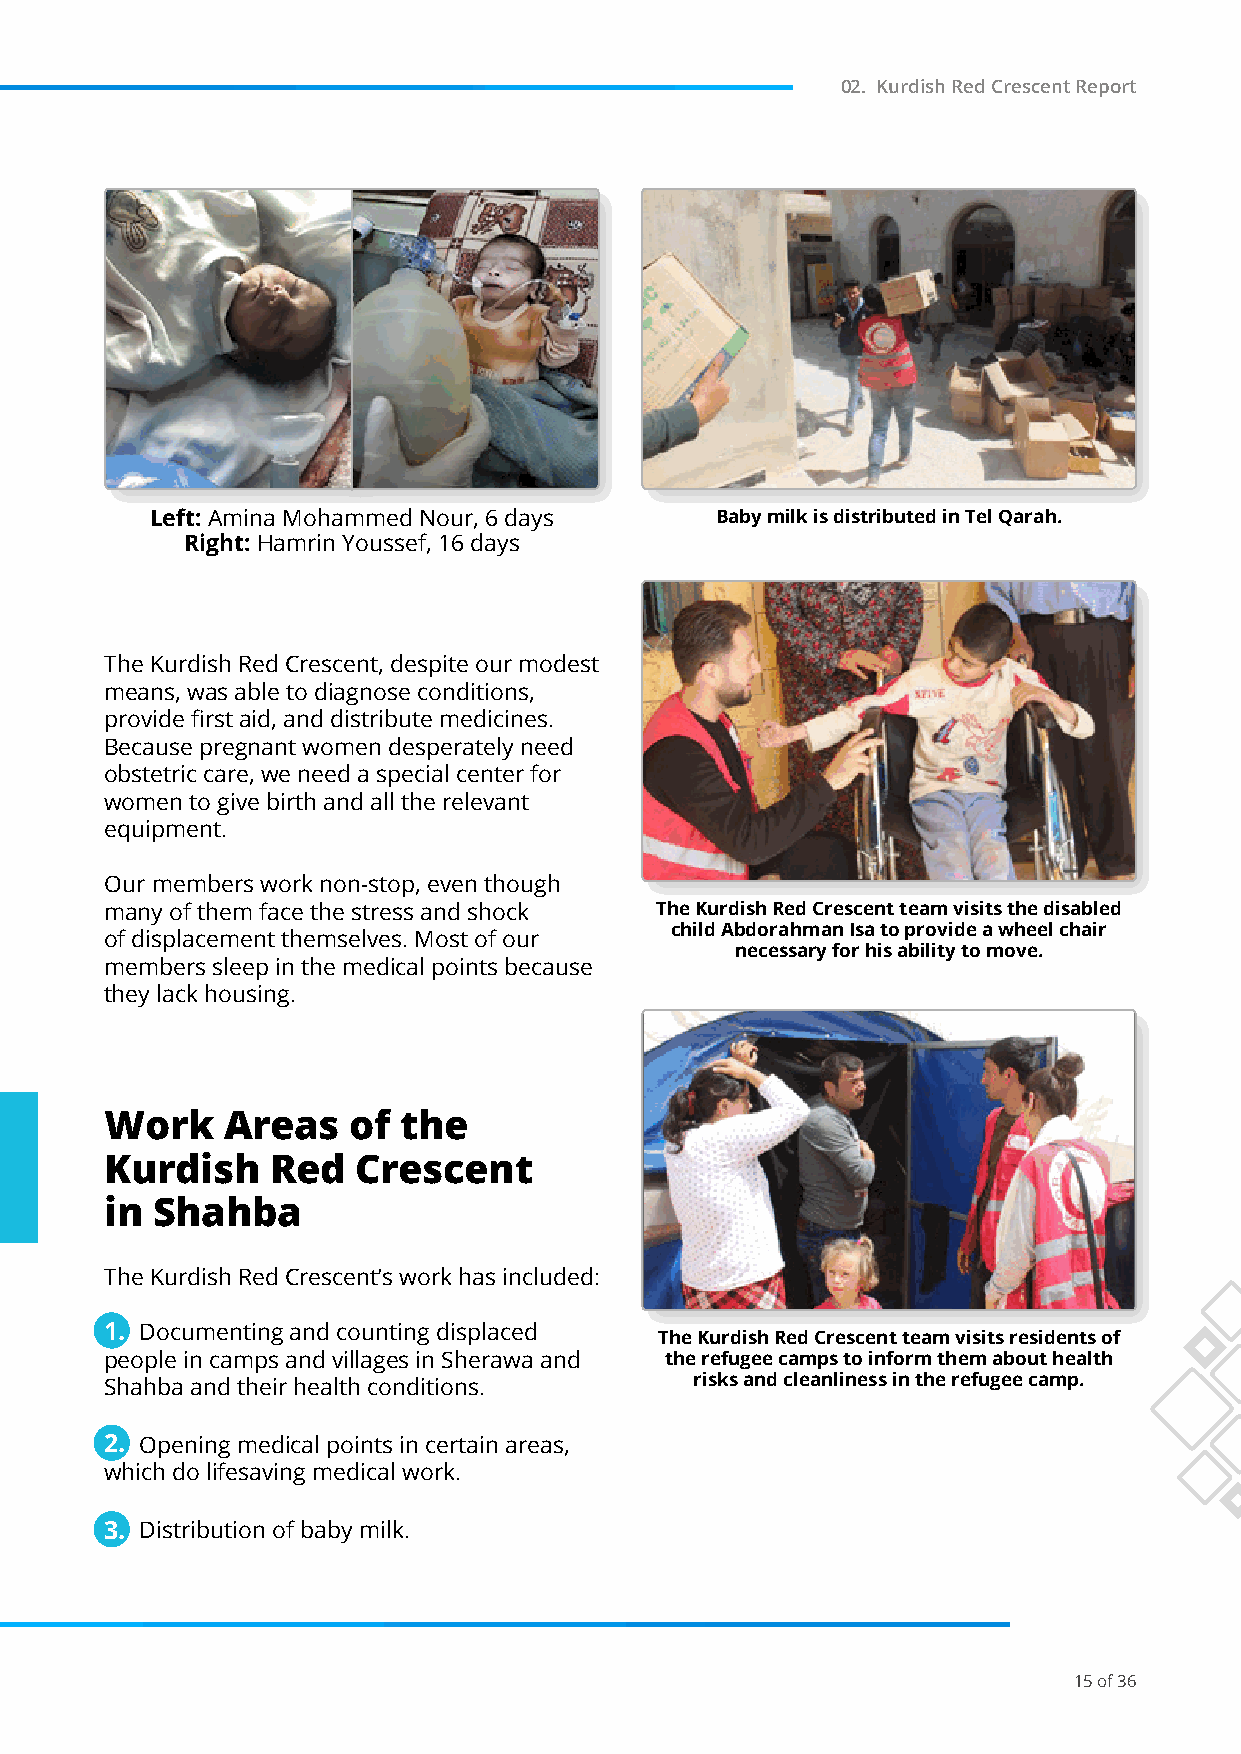
02. Kurdish Red Crescent Report
 Left: Amina Mohammed Nour, 6 days    Baby milk is distributed in Tel Qarah.
 Right: Hamrin Youssef, 16 days
 The Kurdish Red Crescent, despite our modest
 means, was able to diagnose conditions,
 provide first aid, and distribute medicines.
 Because pregnant women desperately need
 obstetric care, we need a special center for
 women to give birth and all the relevant
 equipment.
 Our members work non-stop, even though
 many of them face the stress and shock The Kurdish Red Crescent team visits the disabled
 child Abdorahman Isa to provide a wheel chair
 of displacement themselves. Most of our
 necessary for his ability to move.
 members sleep in the medical points because
 they lack housing.
 Work    Areas   of the
 Kurdish    Red  Crescent
 in Shahba
 The Kurdish Red Crescent’s work has included:
 1 . Documenting and counting displaced
 The Kurdish Red Crescent team visits residents of
 people in camps and villages in Sherawa and the refugee camps to inform them about health
 risks and cleanliness in the refugee camp.
 Shahba and their health conditions.
 2 . Opening medical points in certain areas,
 which do lifesaving medical work.
 3 . Distribution of baby milk.
 15 of 36